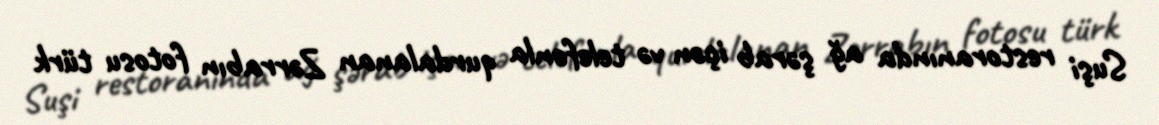
Suşi restoranında ağ şərab içən və telefonla qurdalanan Zərrabın fotosu türk